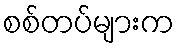
စစ်တပ်များက